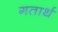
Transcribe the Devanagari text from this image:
गतार्थ